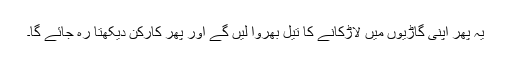
یہ پھر اپنی گاڑیوں میں لاڑکانے کا تیل بھروا لیں گے اور پھر کارکن دیکھتا رہ جائے گا۔